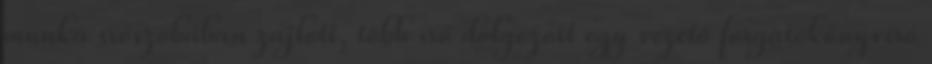
munka írószobában zajlott, több író dolgozott egy vezető forgatókönyvíró